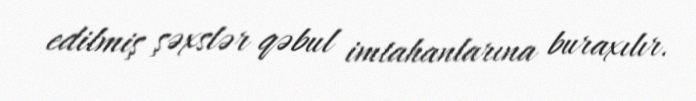
edilmiş şəxslər qəbul imtahanlarına buraxılır.